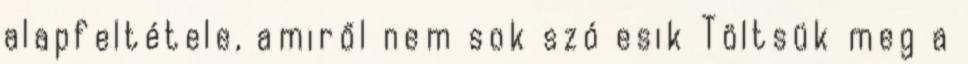
alapfeltétele, amiről nem sok szó esik Töltsük meg a